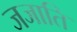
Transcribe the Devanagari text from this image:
जजाति